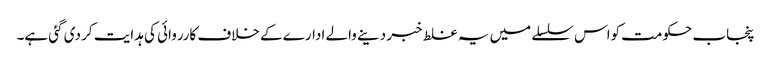
پنجاب حکومت کواس سلسلے میں یہ غلط خبر دینے والے ادارے کے خلاف کارروائی کی ہدایت کر دی گئی ہے۔